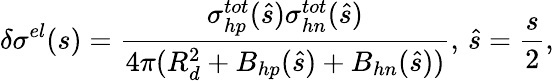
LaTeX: \delta\sigma^{el}(s)=\frac{\sigma_{hp}^{tot}(\hat{s})\sigma_{hn}^{tot}(\hat{s})}{4\pi(R_{d}^{2}+B_{hp}(\hat{s})+B_{hn}(\hat{s}))},\, \hat{s}=\frac{s}{2},